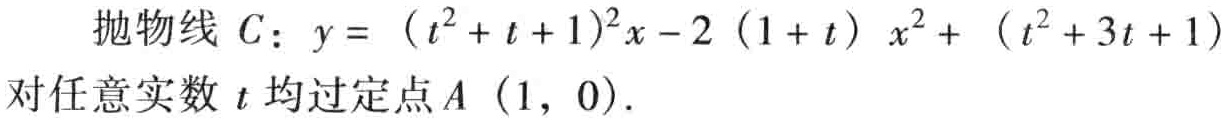
抛物线 \(C\)：\(y = （t^{2}+t + 1)^{2}x-2（1 + t）x^{2}+（t^{2}+3t + 1)\) 对任意实数 \(t\) 均过定点 \(A（1, 0)\)。